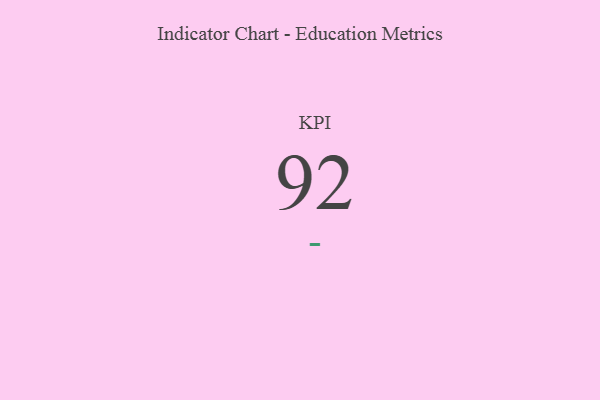
{"axis": {"x": "KPI", "y": "Value"}, "legend": [""], "data": [{"x": "KPI", "y": 92, "type": ""}]}